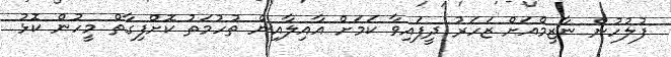
ފުލުހުން ނާޒިމްއަށް ޒަހަރު ދީފައިވާ ކަމަށް އާއިލާއިން ތުހުމަތު ކޮށްފިގާތް މީހުން ކޮޅު